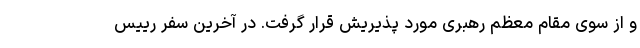
و از سوی مقام معظم رهبری مورد پذیریش قرار گرفت. در آخرین سفر رییس